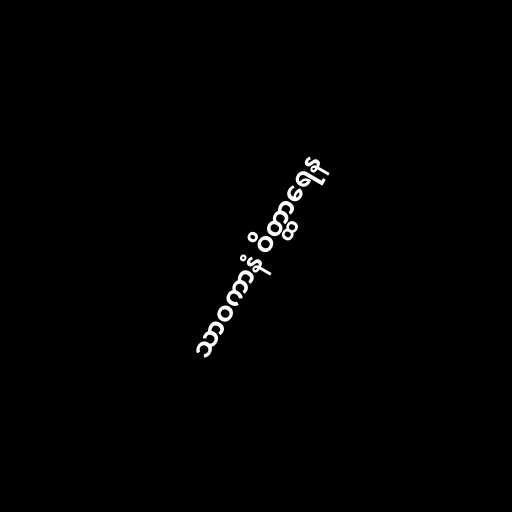
သာဝကာနံ ဝိတ္ထာရေန